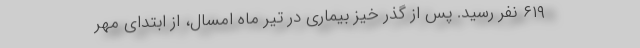
۶۱۹ نفر رسید. پس از گذر خیز بیماری در تیر ماه امسال، از ابتدای مهر